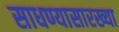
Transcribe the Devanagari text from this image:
साधण्यासारख्या